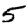
Digit: 5